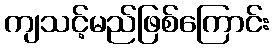
ကျသင့်မည်ဖြစ်ကြောင်း